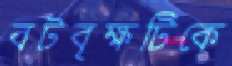
বটবৃক্ষটিকে